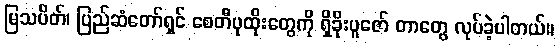
မြသပိတ်၊ ပြည်ဆံတော်ရှင် စေတီပုထိုးတွေကို ရှိခိုးပူဇော် တာတွေ လုပ်ခဲ့ပါတယ်။